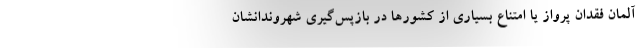
آلمان فقدان پرواز یا امتناع بسیاری از کشورها در بازپس‌گیری شهروندانشان